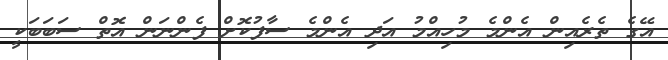
އޭގެ ތެރެއިން އެންމެ މުހިއްމު އަދި އެންމެ ސާފުކޮށް ފެންނަން އޮތް ސަބަބަކީ